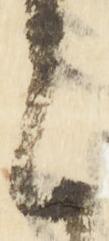
に